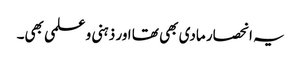
یہ انحصار مادی بھی تھا اور ذہنی و علمی بھی۔